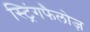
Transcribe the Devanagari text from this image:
स्ट्रिंगफैलोज़